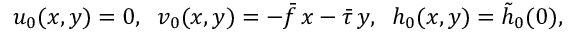
u _ { 0 } ( x , y ) = 0 , \; \; v _ { 0 } ( x , y ) = - \bar { f } \, x - \bar { \tau } \, y , \; \; h _ { 0 } ( x , y ) = \tilde { h } _ { 0 } ( 0 ) ,